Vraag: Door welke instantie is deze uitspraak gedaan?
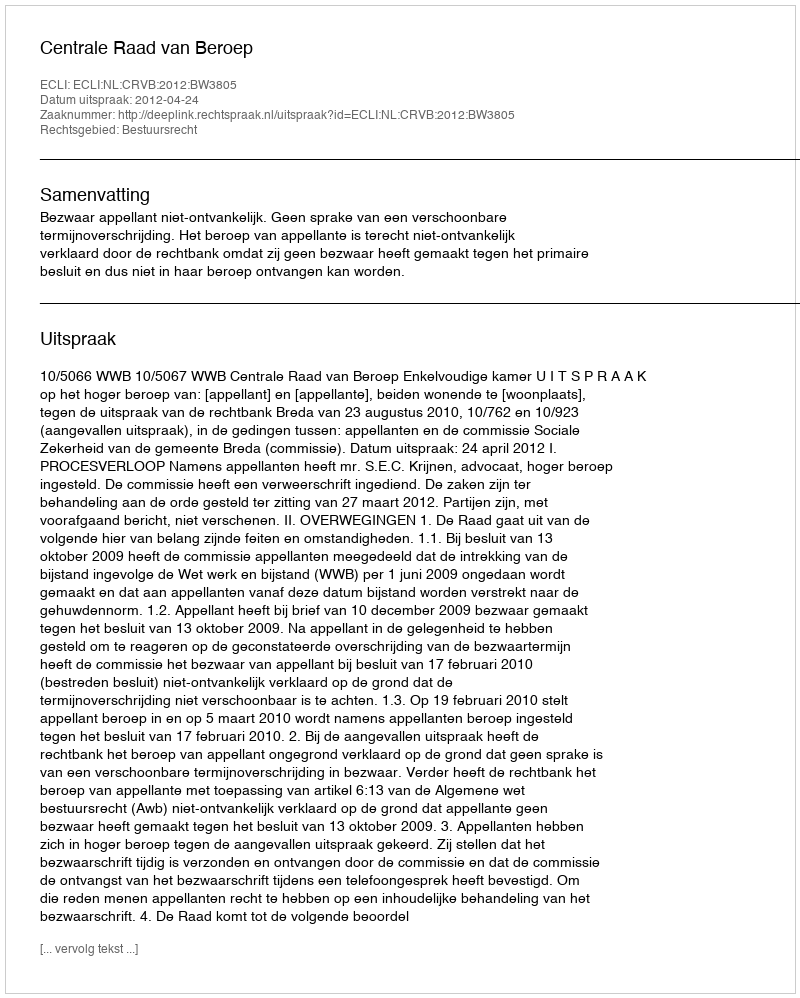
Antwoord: Centrale Raad van Beroep